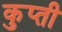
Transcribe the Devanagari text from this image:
कुप्ती